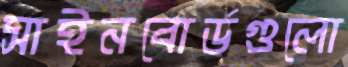
সাইনবোর্ডগুলো